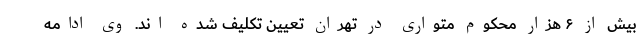
بیش از ۶ هزار محکوم متواری در تهران تعیین تکلیف شده اند. وی ادامه